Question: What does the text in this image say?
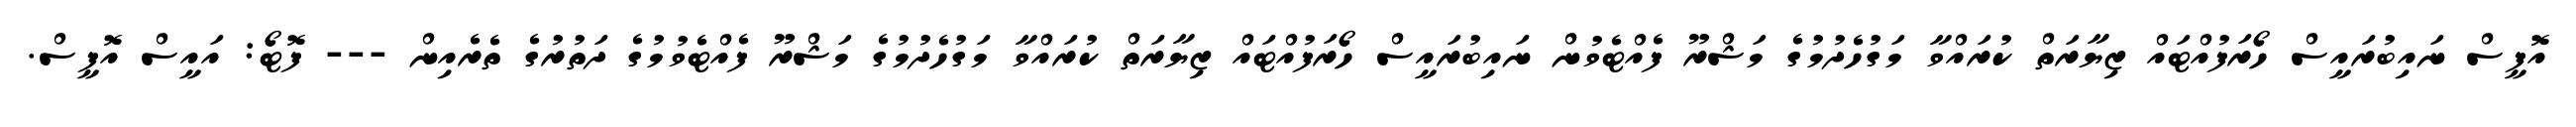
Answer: އޮފީސް ނައިބުރައީސް ހޯރަފުއްޓައް ޒިޔާރަތް ކުރައްވާ މަގުހެދުމުގެ މަޝްރޫ ފެއްޓެވުން ނައިބުރައީސް ހޯރަފުއްޓައް ޒިޔާރަތް ކުރައްވާ މަގުހެދުމުގެ މަޝްރޫ ފެއްޓެވުމުގެ ދަތުރުގެ ތެރެއިން --- ފޮޓޯ: އައީސް އޮފީސް.